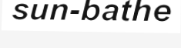
sun-bathe